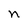
Character: n